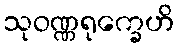
သုဝဏ္ဏရုက္ခေဟိ